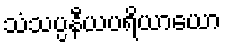
သံသပ္ပနီယပရိယာယော